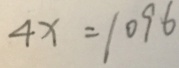
4 x = 1 0 9 6